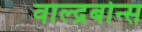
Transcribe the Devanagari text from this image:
वाल्द्रबोन्स